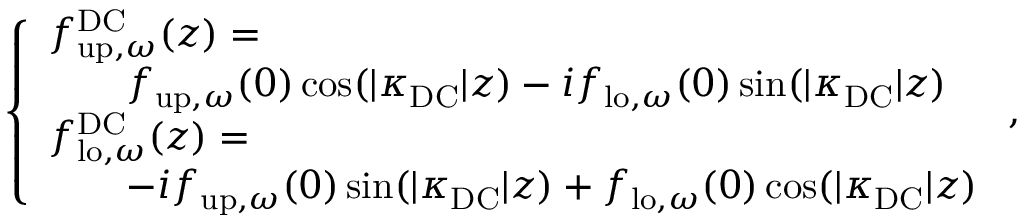
\begin{array} { r } { \left\{ \begin{array} { l l } { { f } _ { \mathrm { u p } , \omega } ^ { \mathrm { D C } } ( z ) = } \\ { \quad \quad { f } _ { \mathrm { u p } , \omega } ( 0 ) \cos ( | \kappa _ { \mathrm { D C } } | z ) - i { f } _ { \mathrm { l o } , \omega } ( 0 ) \sin ( | \kappa _ { \mathrm { D C } } | z ) } \\ { { f } _ { \mathrm { l o } , \omega } ^ { \mathrm { D C } } ( z ) = } \\ { \quad \quad - i { f } _ { \mathrm { u p } , \omega } ( 0 ) \sin ( | \kappa _ { \mathrm { D C } } | z ) + { f } _ { \mathrm { l o } , \omega } ( 0 ) \cos ( | \kappa _ { \mathrm { D C } } | z ) } \end{array} \right. , } \end{array}